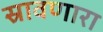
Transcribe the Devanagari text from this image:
स्रावणारा